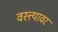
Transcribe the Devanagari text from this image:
वस्त्त्यावर